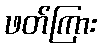
ဖတ်ကြား